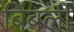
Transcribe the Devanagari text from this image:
बिंबली